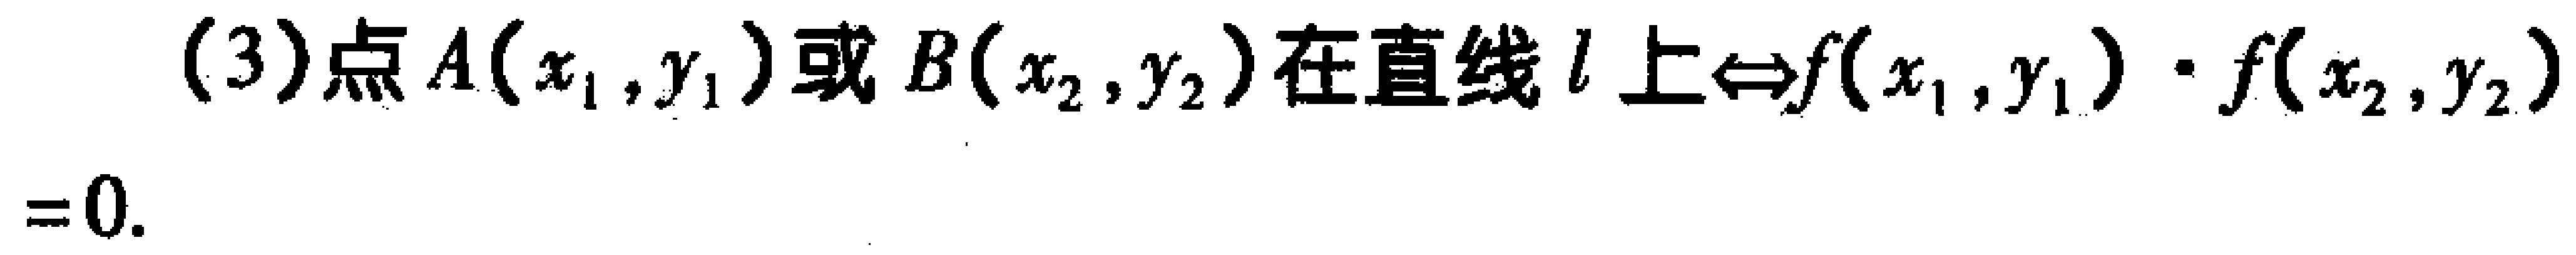
(3)点\(A(x_{1},y_{1})\)或\(B(x_{2},y_{2})\)在直线\(l\)上\(\Leftrightarrow f(x_{1},y_{1})\cdot f(x_{2},y_{2}) = 0\).